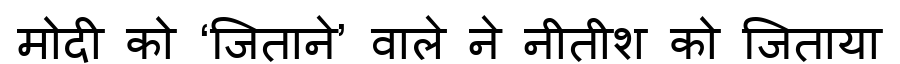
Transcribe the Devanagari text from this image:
मोदी को ‘जिताने’ वाले ने नीतीश को जिताया